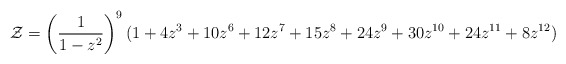
\begin{align*}{\cal Z} = \left( \frac{1}{1 - z^{2}} \right)^{9} (1 + 4z^{3} + 10z^{6} + 12z^{7} + 15z^{8} + 24z^{9} + 30z^{10} + 24z^{11} + 8z^{12}) \end{align*}